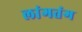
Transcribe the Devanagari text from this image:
लांगतंग